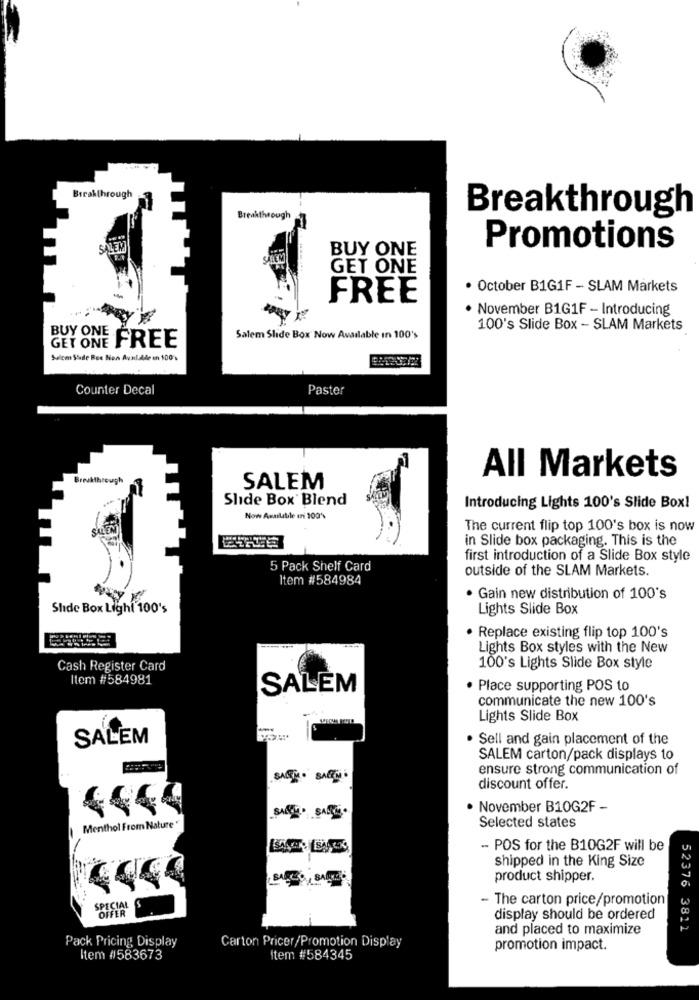
Breakthrough
Breakthrough
Breakthrough
SALEM
BUY ONE
Promotions
GET ONE
· October B1G1F - SLAM Markets
FREE
. November B1G1F - Introducing
100's Slide Box - SLAM Markets
GET ONE FREE
BUY ONE .
Salem Slide Box Now Available In 100's
Sulcm Slide Boe Non Available en 100 >
Counter Decal
Paster
Breakthrough
All Markets
SALEM
Slide Box Blend
Introducing Lights 100's Slide Box!
Now Available in 100'
The current flip top 100's box is now
in Slide box packaging. This is the
first introduction of a Slide Box style
5 Pack Shelf Card
outside of the SLAM Markets.
Item #584984
· Gain new distribution of 100's
Shde Box Light 100's
Lights Slide Box
· Replace existing flip top 100's
Lights Box styles with the New
Cash Register Card
100's Lights Slide Box style
Item #584981
SALEM
· Place supporting POS to
communicate the new 100's
Lights Slide Box
SALEM
. Sell and gain placement of the
SALEM carton/pack displays to
ensure strong communication of
discount offer.
. November B10G2F -
Selected states
Menthol From Nature
- POS for the B10G2F will be
shipped in the King Size
product shipper.
- The carton price/promotion
OFFER
display should be ordered
and placed to maximize
52376 3811
Pack Pricing Display
Carton Pricer/Promotion Display
promotion impact.
Item #583673
Item #584345